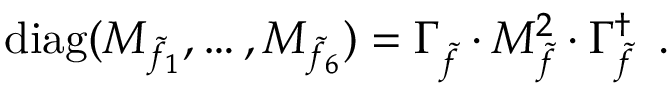
\mathrm { d i a g } ( M _ { \tilde { f } _ { 1 } } , \dots , M _ { \tilde { f } _ { 6 } } ) = \Gamma _ { \tilde { f } } ^ { } \cdot M _ { \tilde { f } } ^ { 2 } \cdot \Gamma _ { \tilde { f } } ^ { \dagger } \enspace .